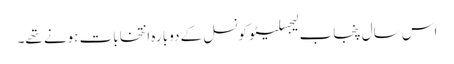
اس سال پنجاب لیجسلیٹو کونسل کے دوبارہ انتخابات ہونے تھے۔